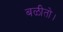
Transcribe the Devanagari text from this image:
बळीतो।